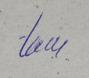
Signature authenticity: genuine